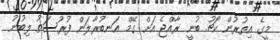
މީގެ އިތުރުން ކޯޗު ބުނީ ރާއްޖެ އަށް ގޭމް އަނބުރާލަން ފުރުސަތު ލިބުނު